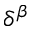
\delta ^ { \beta }